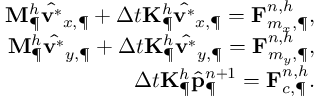
\begin{array} { r } { \mathbf { M } _ { \P } ^ { h } \hat { \mathbf { v } ^ { \ast } } _ { x , \P } + \Delta t \mathbf { K } _ { \P } ^ { h } \hat { \mathbf { v } ^ { \ast } } _ { x , \P } = \mathbf { F } _ { m _ { x } , \P } ^ { n , h } , } \\ { \mathbf { M } _ { \P } ^ { h } \hat { \mathbf { v } ^ { \ast } } _ { y , \P } + \Delta t \mathbf { K } _ { \P } ^ { h } \hat { \mathbf { v } ^ { \ast } } _ { y , \P } = \mathbf { F } _ { m _ { y } , \P } ^ { n , h } , } \\ { \Delta t \mathbf { K } _ { \P } ^ { h } \hat { \mathbf { p } } _ { \P } ^ { n + 1 } = \mathbf { F } _ { c , \P } ^ { n , h } . } \end{array}